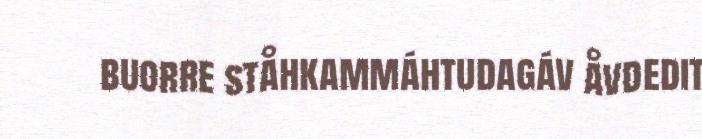
buorre ståhkammáhtudagáv åvdedit